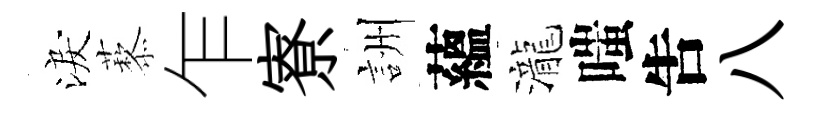
淚藜乍寮詶蘊瀧嗤吿八